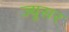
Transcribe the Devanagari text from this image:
ज्यूसर